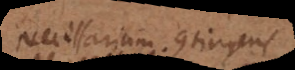
Necessarium. Contingens.